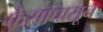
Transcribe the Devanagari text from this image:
फेसापासून